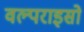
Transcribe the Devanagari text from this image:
वल्पराइसो